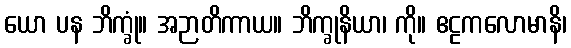
ယော ပန ဘိက္ခုံ။ အဉာတိကာယ။ ဘိက္ခုနိယာ၊ ကို။ ဧဠကလောမာနိ၊